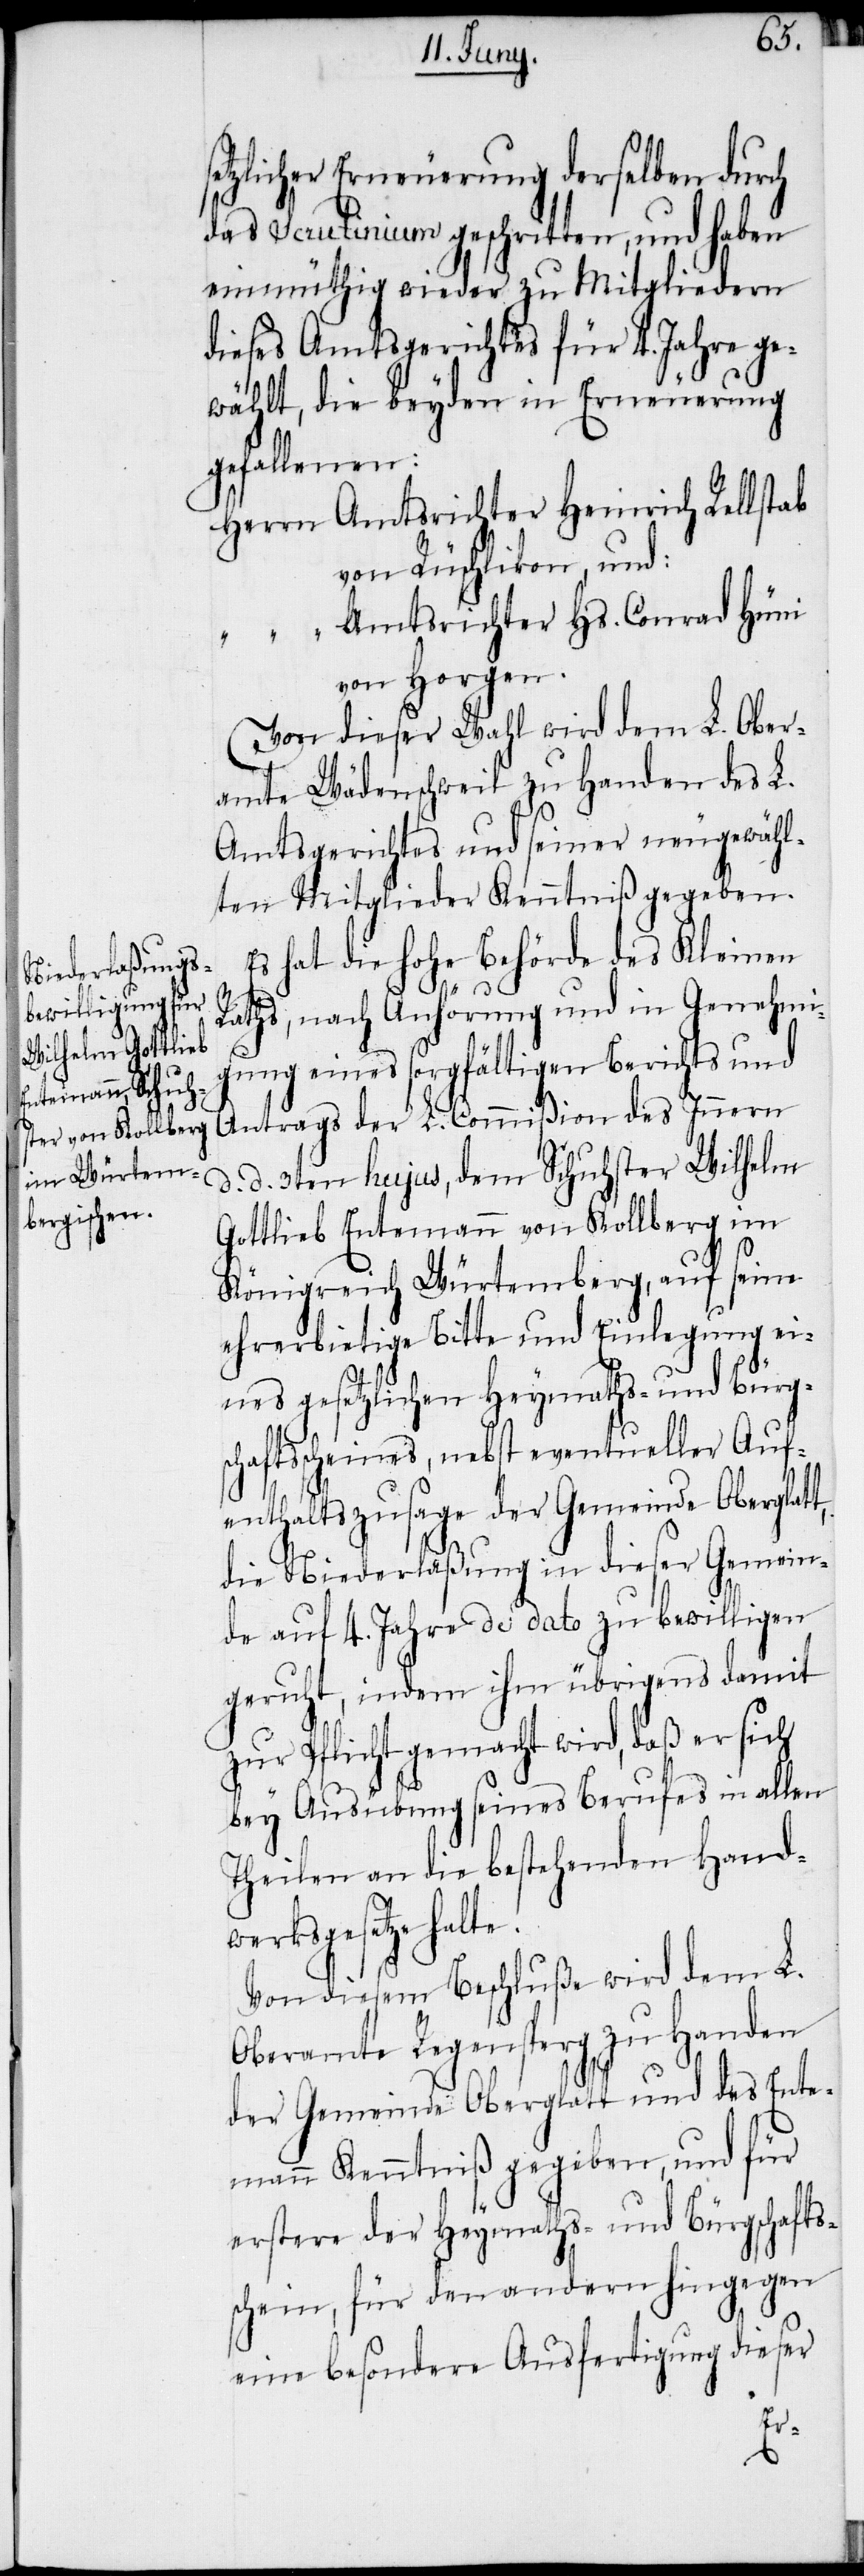
etzlicher Erneuerung derselben durch
das Scrutinium geschritten, und haben
einmüthig wieder zu Mitgliedern
dieses Amtsgerichtes für 4. Jahre ge¬
wählt, die beyden in Erneuerung
gefallenen:
Herrn Amtsrichter Heinrich Rellstab
von Rüschlikon, und:
“ Amtsrichter Hs. Conrad Hüni
von Horgen.
Von dieser Wahl wird dem L. Ober¬
amte Wädenschweil zu Handen des L.
Amtsgerichtes und seiner neugewähl¬
ten Mitglieder Kenntniß gegeben.
Es hat die hohe Behörde des Kleinen
Raths, nach Anhörung und in Genehmi¬
gung eines sorgfältigen Berichts und
Antrags der L. Commißion des Innern
d. d. 3ten hujus, dem Schuhster Wilhelm
Gottlieb Entemann von Kollberg im
Königreich Würtemberg, auf seine
ehrerbietige Bitte und Einlegung ei¬
nes gesetzlichen Heymaths- und Bürg¬
schaftsscheines, nebst der Gem¬
die Niederlaßung in dieser Gemein¬
de auf 4. Jahre de dato zu bewilligen
geruht, indem ihm übrigens damit
zur Pflicht gemacht wird, daß er sich
bey Ausübung seines Berufes in allen
Theilen an die bestehenden Handw¬
erksgesetze halt¬
Von diesem Beschluße wird dem L.
Oberamte Regensperg zu Handen
der Gemeinde Oberglatt und des Ente¬
mann Kenntniß gegeben, und für
erstere der Heymaths- und Bürgschafts¬
schein, für den andern hingegen
eine besondere Ausfertigung dieser
e.